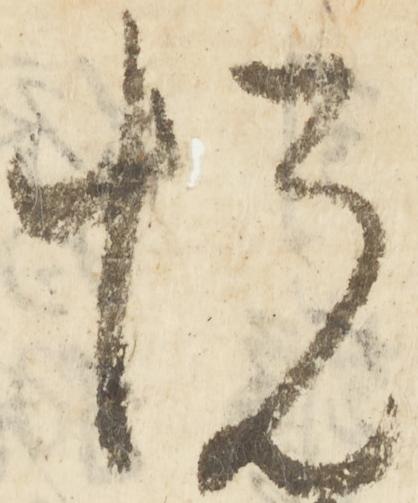
悦